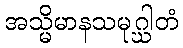
အသ္မိမာနသမုဂ္ဃါတံ